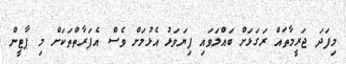
މިފަދަ ޖަރީމާތައް ރަގަޅަށް ބައްލަވައި ފިޔަވަޅު އެޅުމަށް ވެސް އެފަރާތްތަކަށް މި ޕާޓީން